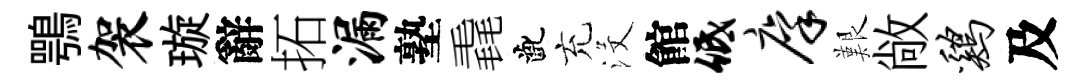
鶚袈璇辭拓漏塾毳齔充沒館低廪艱敞鸡及